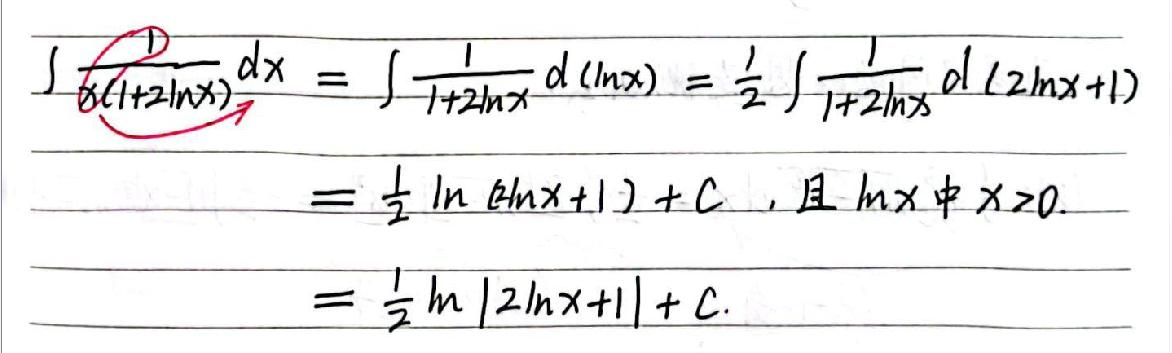
\begin{align*}
\int\frac{1}{x(1 + 2\ln x)}dx&=\int\frac{1}{1+2\ln x}d(\ln x)=\frac{1}{2}\int\frac{1}{1 + 2\ln x}d(2\ln x + 1)\\
&=\frac{1}{2}\ln(2\ln x+1)+C,\text{且}\ln x\text{中}x > 0.\\
&=\frac{1}{2}\ln|2\ln x + 1|+C.
\end{align*}